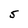
Character: 5